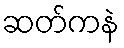
ဆတ်ကနဲ